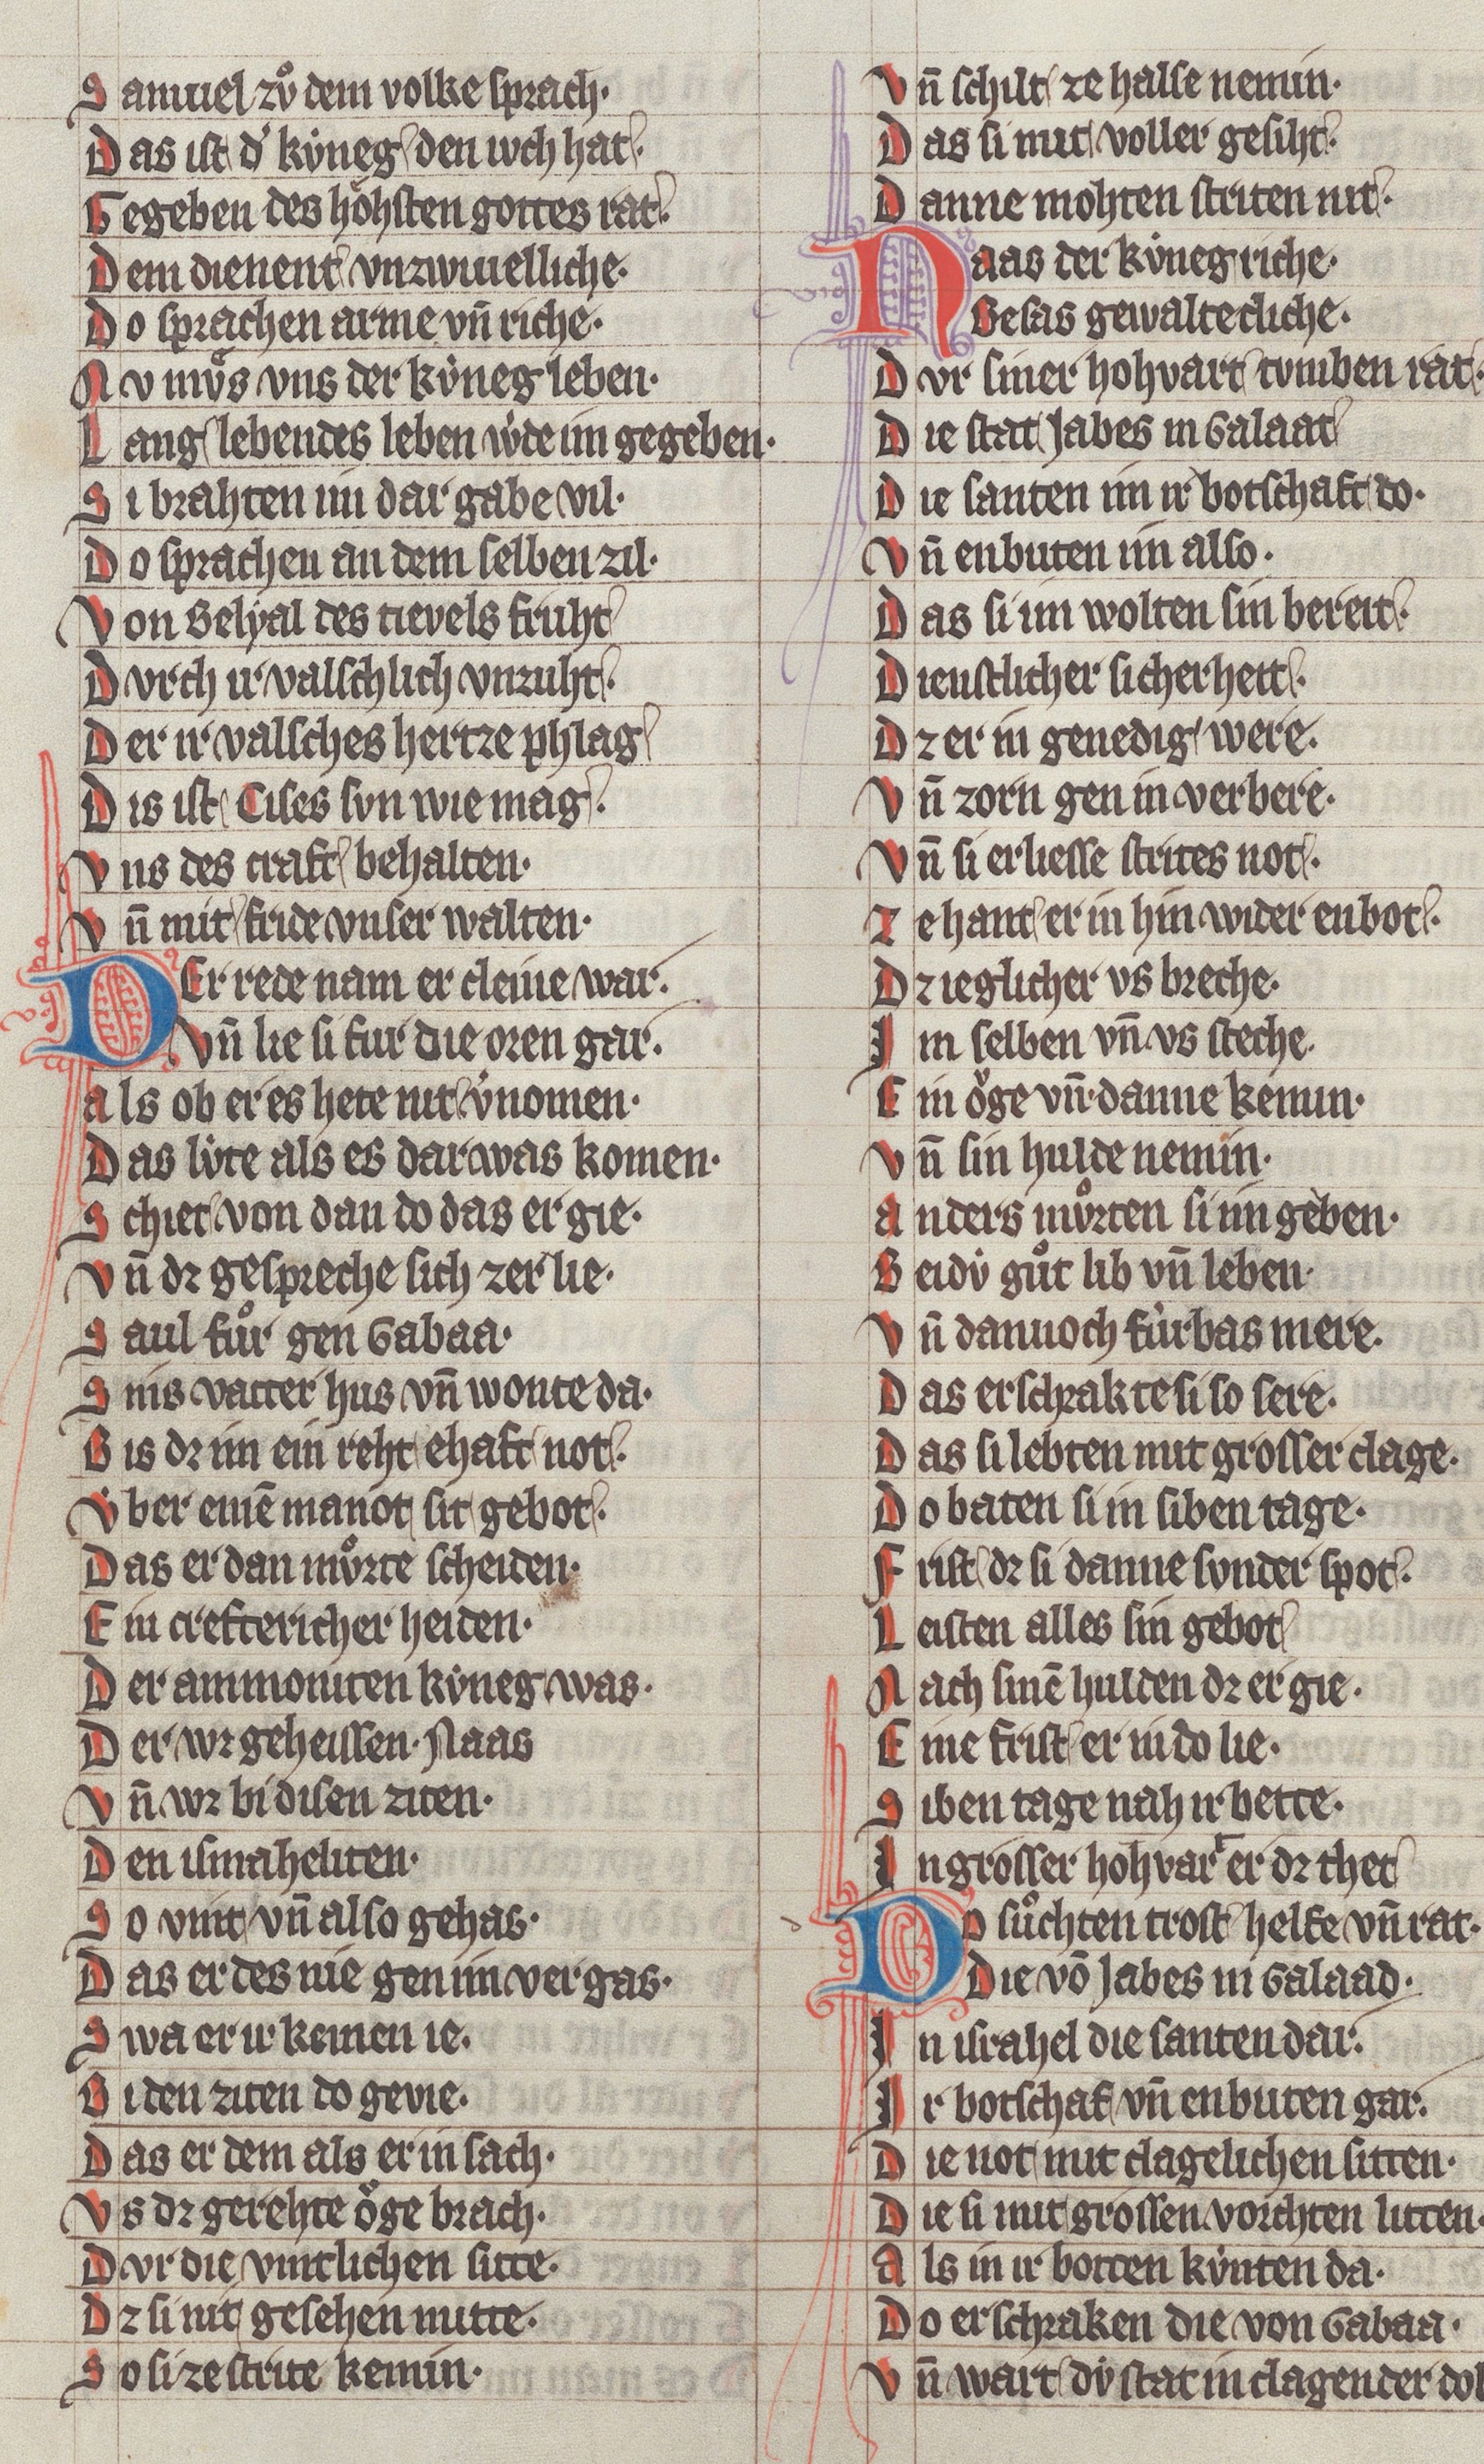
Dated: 1340–1350